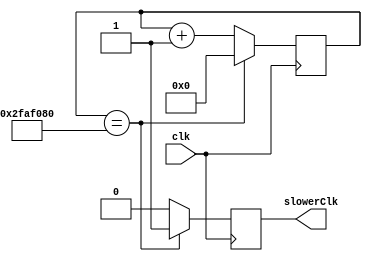
`timescale 1ns / 1ps
//////////////////////////////////////////////////////////////////////////////////
// Company: 
// Engineer: 
// 
// Design Name: 
// Module Name: clk_div3
// Project Name: 
// Target Devices: 
// Tool Versions: 
// Description: 
// 
// Dependencies: 
// 
// Revision:
// Revision 0.01 - File Created
// Additional Comments:
// 
//////////////////////////////////////////////////////////////////////////////////

module clk_div3 (input clk, output reg slowerClk);
reg [31:0] counter;
always@(posedge clk) begin
if(counter == 50000000) begin//100000000 is threshold, it is close to 1 sec 6250000
slowerClk <= 1;//signal new clk signal
counter <= 0;
end
else begin
slowerClk <= 0;
counter <= counter+1;
end
end

endmodule